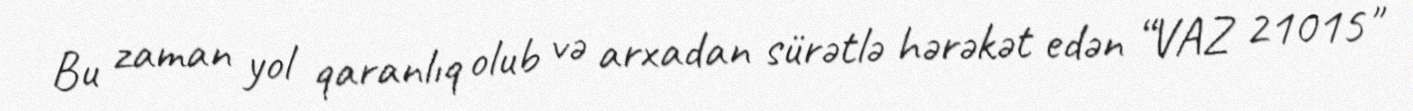
Bu zaman yol qaranlıq olub və arxadan sürətlə hərəkət edən “VAZ 21015"